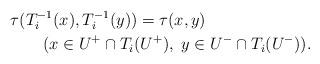
LaTeX: \begin{align*}&\tau(T_i^{-1}(x),T_i^{-1}(y))=\tau(x,y)\\&\qquad(x\in U^+\cap T_i(U^+),\; y\in U^-\cap T_i(U^-)).\end{align*}